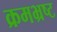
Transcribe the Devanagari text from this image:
क्रमभ्रष्ट